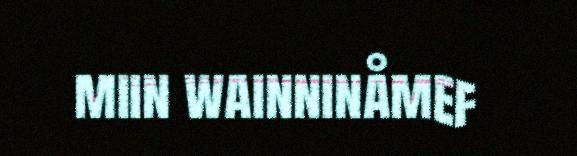
miin wainninåmef